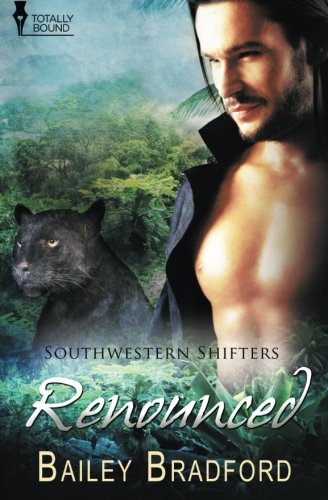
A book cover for Renounced (Southwestern Shifters) (Volume 10); Bailey Bradford; Romance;